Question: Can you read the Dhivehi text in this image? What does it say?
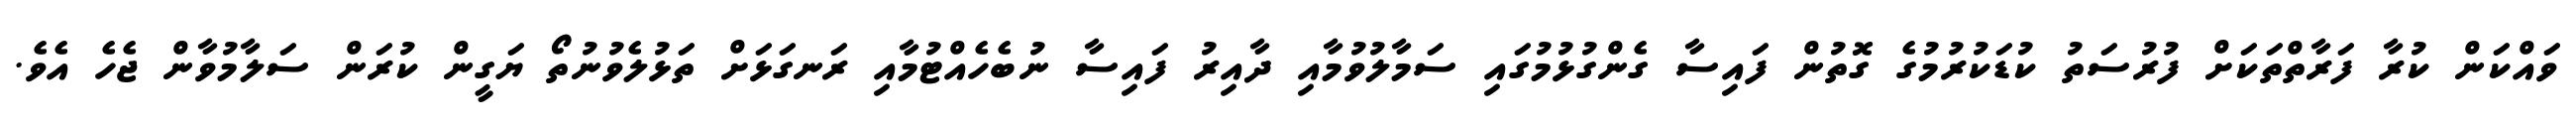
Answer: ވައްކަން ކުރާ ފަރާތްތަކަށް ފުރުސަތު ކުޑަކުރުމުގެ ގޮތުން ފައިސާ ގެންގުޅުމުގައި ސަމާލުވުމާއި ދާއިރު ފައިސާ ނުބެހެއްޓުމާއި ރަނގަޅަށް ތަޅުލެވުނުތޯ ޔަގީން ކުރަން ސަލާމުވާން ޖެހެ އެވެ.